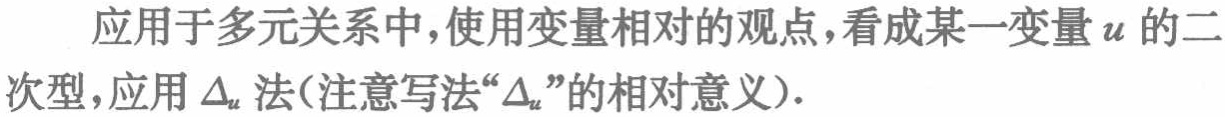
应用于多元关系中,使用变量相对的观点,看成某一变量\(u\)的二次型,应用\(\Delta_{u}\)法(注意写法“\(\Delta_{u}\)”的相对意义).